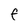
Character: f